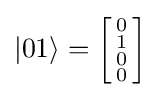
|01\rangle ={\biggl [}{\begin{smallmatrix}0\\1\\0\\0\end{smallmatrix}}{\biggr ]}